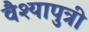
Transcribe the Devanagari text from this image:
वैश्यापुत्री